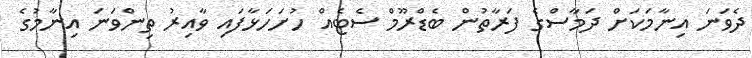
ދެވަނަ އިނާމަކަށް ދަމާސްގެ ފަރާތުން ބެޑްރޫމް ސެޓެއް ހުށަހަޅާފައި ވާއިރު ތިންވަނަ އިނާމުގެ